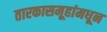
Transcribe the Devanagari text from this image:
तारकासमूहांमधून